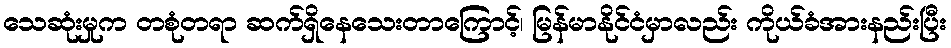
သေဆုံးမှုက တစုံတရာ ဆက်ရှိနေသေးတာကြောင့်၊ မြန်မာနိုင်ငံမှာလည်း ကိုယ်ခံအားနည်းပြီး